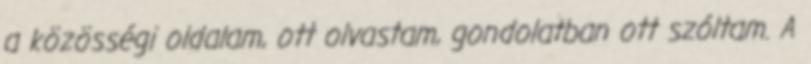
a közösségi oldalam, ott olvastam, gondolatban ott szóltam. A